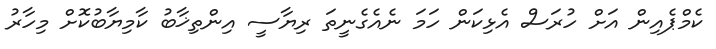
ކެމްޕެއިން އަށް ހުރަސް އެޅިކަން ހަމަ ނެއެގެނީތަ ރިޔާސީ އިންތިޚާބު ކާމިޔާބުކޮށް މިހާރު